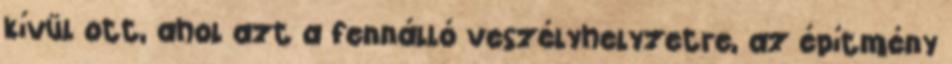
kívül ott, ahol azt a fennálló veszélyhelyzetre, az építmény